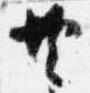
共